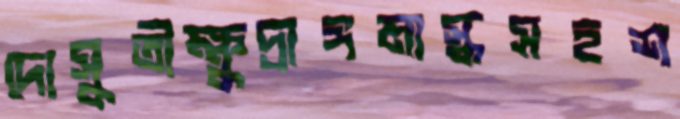
দোসুতীক্ষুদ্রাঙ্গমাস্কসহশ